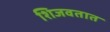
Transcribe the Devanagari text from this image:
शिजवतात